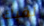
لقبك